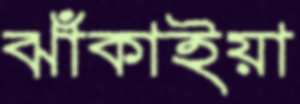
ঝাঁকাইয়া